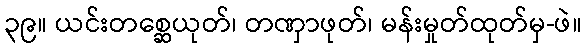
၃၉။ ယင်းတစ္ဆေယုတ်၊ တဏှာဖုတ်၊ မန်းမှုတ်ထုတ်မှ-ဖဲ။